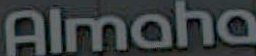
Almaha